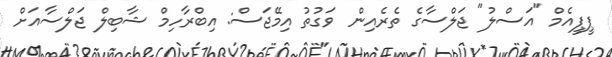
ޕީޕީއެމް "އަސްލު" ޖަލްސާގެ ތެރެއިން  ވަގުތު އިމޭޖަސް: އިބްރާހިމް ޝާބިލް ޖަލްސާއަށް